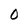
Character: O